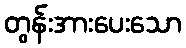
တွန်းအားပေးသော